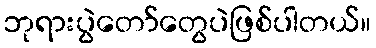
ဘုရားပွဲတော်တွေပဲဖြစ်ပါတယ်။